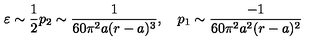
\varepsilon \sim \frac { 1 } { 2 } p _ { 2 } \sim \frac { 1 } { 6 0 \pi ^ { 2 } a ( r - a ) ^ { 3 } } , \quad p _ { 1 } \sim \frac { - 1 } { 6 0 \pi ^ { 2 } a ^ { 2 } ( r - a ) ^ { 2 } }